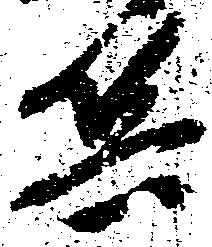
兵